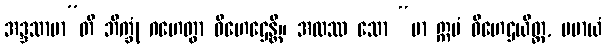
အဒ္ဒသာမာ”တိ ဘိက္ခုံ ဂဟေတွာ ဝိဟေဌေန္တိ။ အထဿ သော “မာ ဣမံ ဝိဟေဌယိတ္ထ, မမာယံ